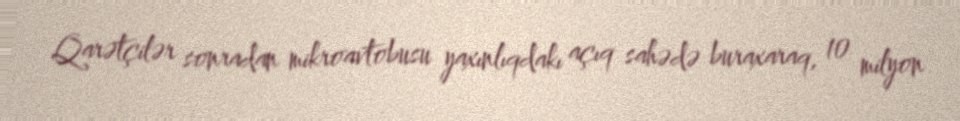
Qarətçilər sonradan mikroavtobusu yaxınlıqdakı açıq sahədə buraxaraq, 10 milyon